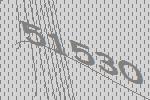
51530